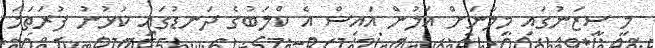
މި ސީޒަނުގައި މިލާނަށް އަލުން އައިސް އެ ކްލަބުގެ ދަނޑުގައި ކުޅުނު ފުރަތަމަ